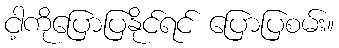
ငါ့ကိုပြောပြနိုင်ရင် ပြောပြစမ်း။